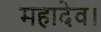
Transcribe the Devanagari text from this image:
महादेव।